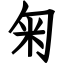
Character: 匊